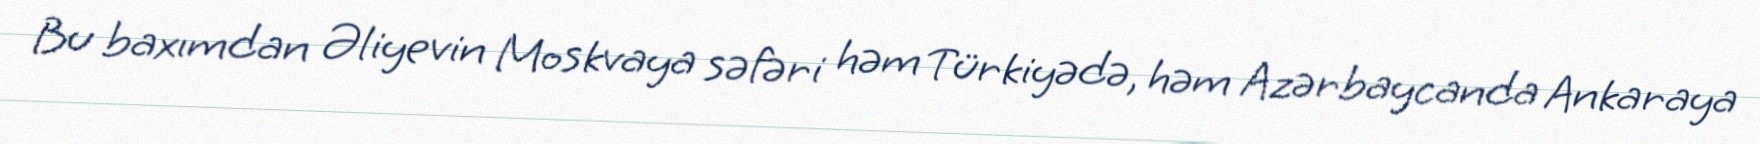
Bu baxımdan Əliyevin Moskvaya səfəri həm Türkiyədə, həm Azərbaycanda Ankaraya